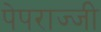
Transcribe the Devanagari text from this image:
पेपराज्जी